Madras plague regulations and rules - Volume 1
Disease focus: Plague
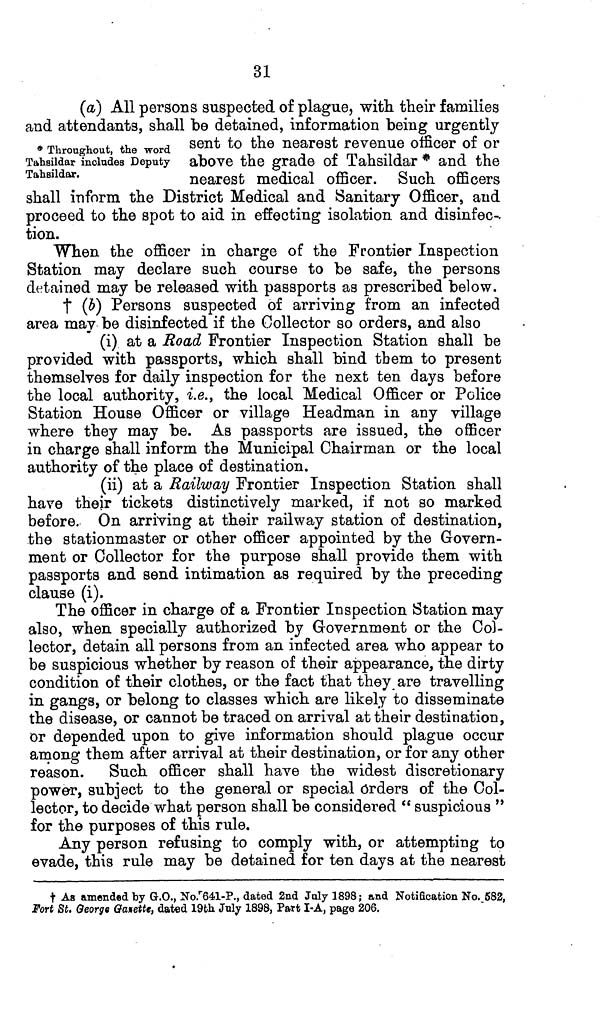
31
(a) All persons suspected of plague, with their families
and attendants, shall be detained, information being urgently
* Throughout, the word sent to the nearest revenue officer of or
Tahsildar includes Deputy above the grade of Tahsildar * and the
Tahsildar.
nearest medical officer. Such officers
shall inform the District Medical and Sanitary Officer, and
proceed to the spot to aid in effecting isolation and disinfec-
tion.
When the officer in charge of the Frontier Inspection
Station may declare such course to be safe, the persons
detained may be released with passports as prescribed below.
† (b) Persons suspected of arriving from an infected
area may be disinfected if the Collector so orders, and also
(i) at a Road Frontier Inspection Station shall be
provided with passports, which shall bind them to present
themselves for daily inspection for the next ten days before
the local authority, i.e., the local Medical Officer or Police
Station House Officer or village Headman in any village
where they may be. As passports are issued, the officer
in charge shall inform the Municipal Chairman or the local
authority of the place of destination.
(ii) at a Railway Frontier Inspection Station shall
have their tickets distinctively marked, if not so marked
before. On arriving at their railway station of destination,
the stationmaster or other officer appointed by the Govern-
ment or Collector for the purpose shall provide them with
passports and send intimation as required by the preceding
clause (i).
The officer in charge of a Frontier Inspection Station may
also, when specially authorized by Government or the Col-
lector, detain all persons from an infected area who appear to
be suspicious whether by reason of their appearance, the dirty
condition of their clothes, or the fact that they are travelling
in gangs, or belong to classes which are likely to disseminate
the disease, or cannot be traced on arrival at their destination,
or depended upon to give information should plague occur
among them after arrival at their destination, or for any other
reason. Such officer shall have the widest discretionary
power, subject to the general or special Orders of the Col-
lector, to decide what person shall be considered " suspicious "
for the purposes of this rule.
Any person refusing to comply with, or attempting to
evade, this rule may be detained for ten days at the nearest
† As amended by G.O., No. 641-P., dated 2nd July 1898 ; and Notification No. 582,
Fort St. George Gaxette, dated 19th July 1898, Part I-A, page 206.